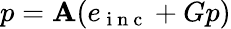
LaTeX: p=\mathbf{A}(e_{\mathrm{{~i~n~c~}}}+Gp)